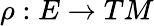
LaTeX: \rho:E\rightarrow TM